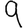
Digit: 9